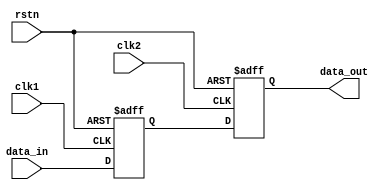
module bypass_register (
    input wire clk1, 
    input wire clk2, 
    input wire rstn, 
    input wire [7:0] data_in, 
    output reg [7:0] data_out
);

reg [7:0] internal_data;

always @(posedge clk1 or negedge rstn) begin
    if (~rstn) begin
        internal_data <= 8'b0;
    end else begin
        internal_data <= data_in;
    end
end

always @(posedge clk2 or negedge rstn) begin
    if (~rstn) begin
        data_out <= 8'b0;
    end else begin
        data_out <= internal_data;
    end
end

endmodule